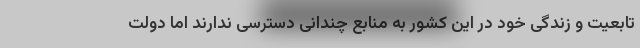
تابعیت و زندگی خود در این کشور به منابع چندانی دسترسی ندارند اما دولت